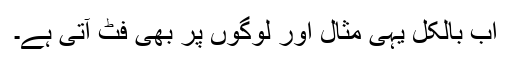
اب بالکل یہی مثال اور لوگوں پر بھی فٹ آتی ہے۔